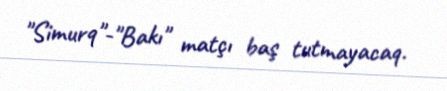
"Simurq"-"Bakı" matçı baş tutmayacaq.